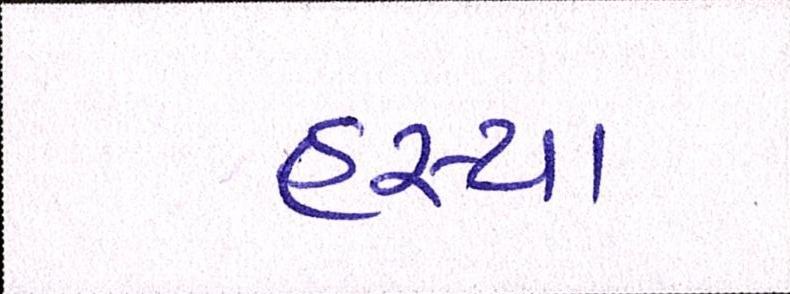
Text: હસ્યા